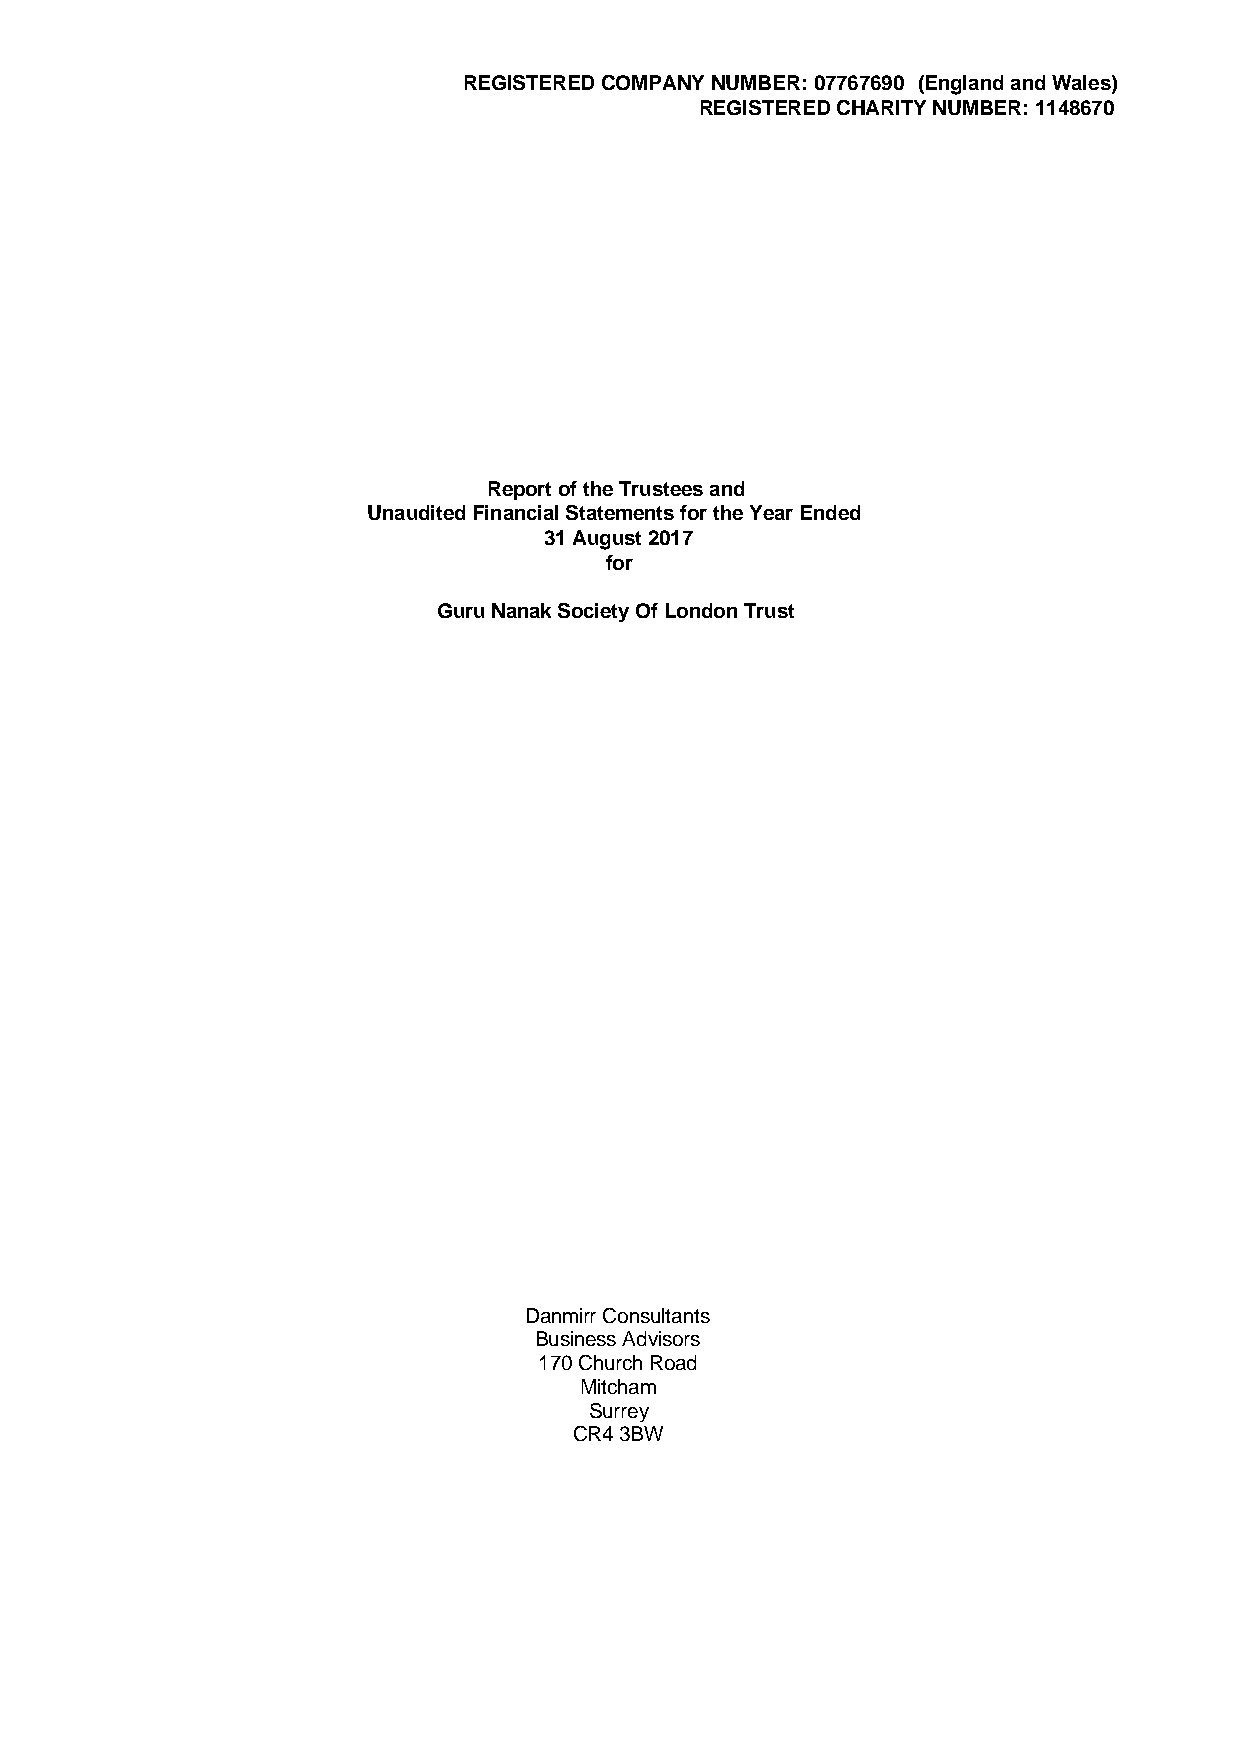
REGISTERED COMPANY NUMBER: 07767690 (England and Wales)
 REGISTERED CHARITY NUMBER: 1148670
 Report of the Trustees and
 Unaudited Financial Statements for the Year Ended
 31 August 2017
 for
 Guru Nanak Society Of London Trust
 Danmirr Consultants
 Business Advisors
 170 Church Road
 Mitcham
 Surrey
 CR4 3BW